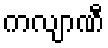
ကလျာဏီ